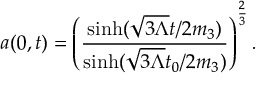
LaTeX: a ( 0 , t ) = \left( \frac { \sinh ( \sqrt { 3 \Lambda } t / 2 m _ { 3 } ) } { \sinh ( \sqrt { 3 \Lambda } t _ { 0 } / 2 m _ { 3 } ) } \right) ^ { \frac { 2 } { 3 } } .